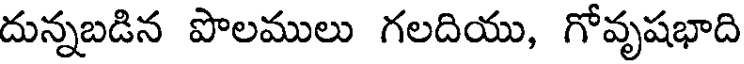
దున్నబడిన పొలములు గలదియు, గోవృషభాది